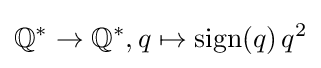
\mathbb {Q} ^{\ast }\to \mathbb {Q} ^{\ast },q\mapsto \operatorname {sign} (q)\,q^{2}